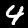
Label: 4